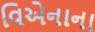
વિએનાના